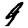
Digit: 9